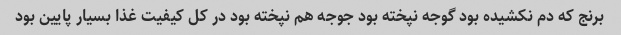
برنج که دم نکشیده بود گوجه نپخته بود جوجه هم نپخته بود در کل کیفیت غذا بسیار پایین بود